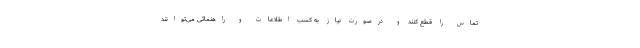
تماس را قطع کنند و درصورت نیاز به کسب اطلاعات و راهنمائی می‌توانند